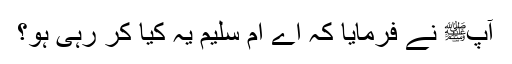
آپﷺ نے فرمایا کہ اے اُم سُلیم یہ کیا کر رہی ہو؟